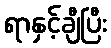
ရာနှင့်ချီပြီး